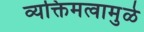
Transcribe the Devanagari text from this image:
व्यक्तिमत्वामुळे